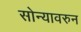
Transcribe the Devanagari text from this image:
सोन्यावरुन